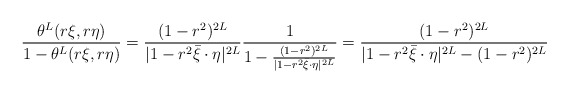
\begin{align*} \frac{\theta^L(r\xi,r\eta)}{1-\theta^L(r\xi,r\eta)}=\frac{(1-r^2)^{2L}}{|1-r^2\bar \xi\cdot \eta|^{2L}}\frac 1{1-\frac{(1-r^2)^{2L}}{|1-r^2\bar \xi\cdot \eta|^{2L}}}=\frac{(1-r^2)^{2L}}{|1-r^2\bar \xi\cdot \eta|^{2L}-(1-r^2)^{2L}}\end{align*}